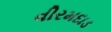
વીરમદાડ